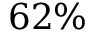
6 2 \%